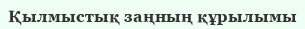
Қылмыстық заңның құрылымы